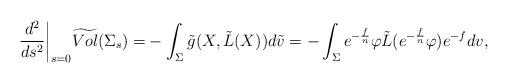
LaTeX: \begin{align*} \frac {d^2}{ds^2}\bigg|_{s=0}\widetilde{Vol}(\Sigma_s)=&-\int_{\Sigma}\tilde{g}(X,\tilde{L}(X))d\tilde{v} =-\int_{\Sigma}e^{-\frac f{n}}\varphi \tilde{L}(e^{-\frac f{n}}\varphi)e^{-f}dv,\end{align*}